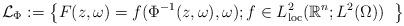
LaTeX: \begin{align*}\mathcal{L}_\Phi := {\big\{F(z,\omega)= f( \Phi^{-1} (z, \omega), \omega); f \in L^2_{\rm loc}(\mathbb{R}^n; L^2(\Omega)) \;\; \big\}}\end{align*}